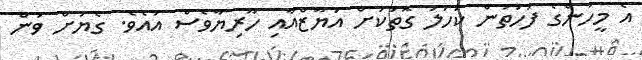
އެ މީހުންގެ ފަހަތުން ކަހަލަ ގޮތަކަށް އަޔާޒްއާއި ހޫރިޔާވެސް އައެވެ. ގެޔަށް ވަން